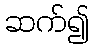
ဆက်၍